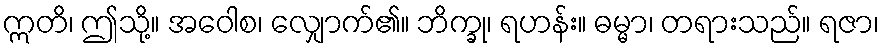
ဣတိ၊ ဤသို့။ အဝေါစ၊ လျှောက်၏။ ဘိက္ခု၊ ရဟန်း။ ဓမ္မာ၊ တရားသည်။ ရဇာ၊